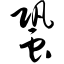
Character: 蛩